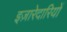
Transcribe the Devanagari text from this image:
इज़ारेदारियों